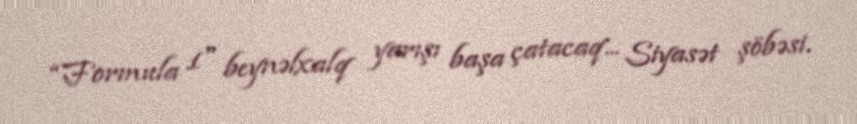
“Formula 1" beynəlxalq yarışı başa çatacaq... Siyasət şöbəsi.